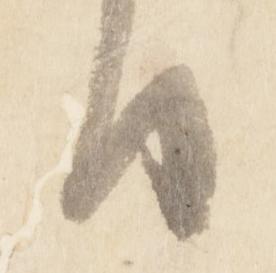
日